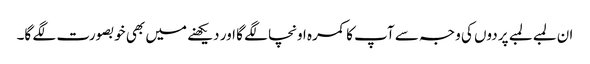
ان لمبے لمبے پردوں کی وجہ سے آپ کا کمرہ اونچا لگے گا اور دیکھنے میں بھی خوبصورت لگے گا۔